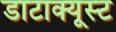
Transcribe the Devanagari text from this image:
डाटाक्यूस्ट